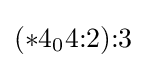
(*4_{0}4{:}2){:}3